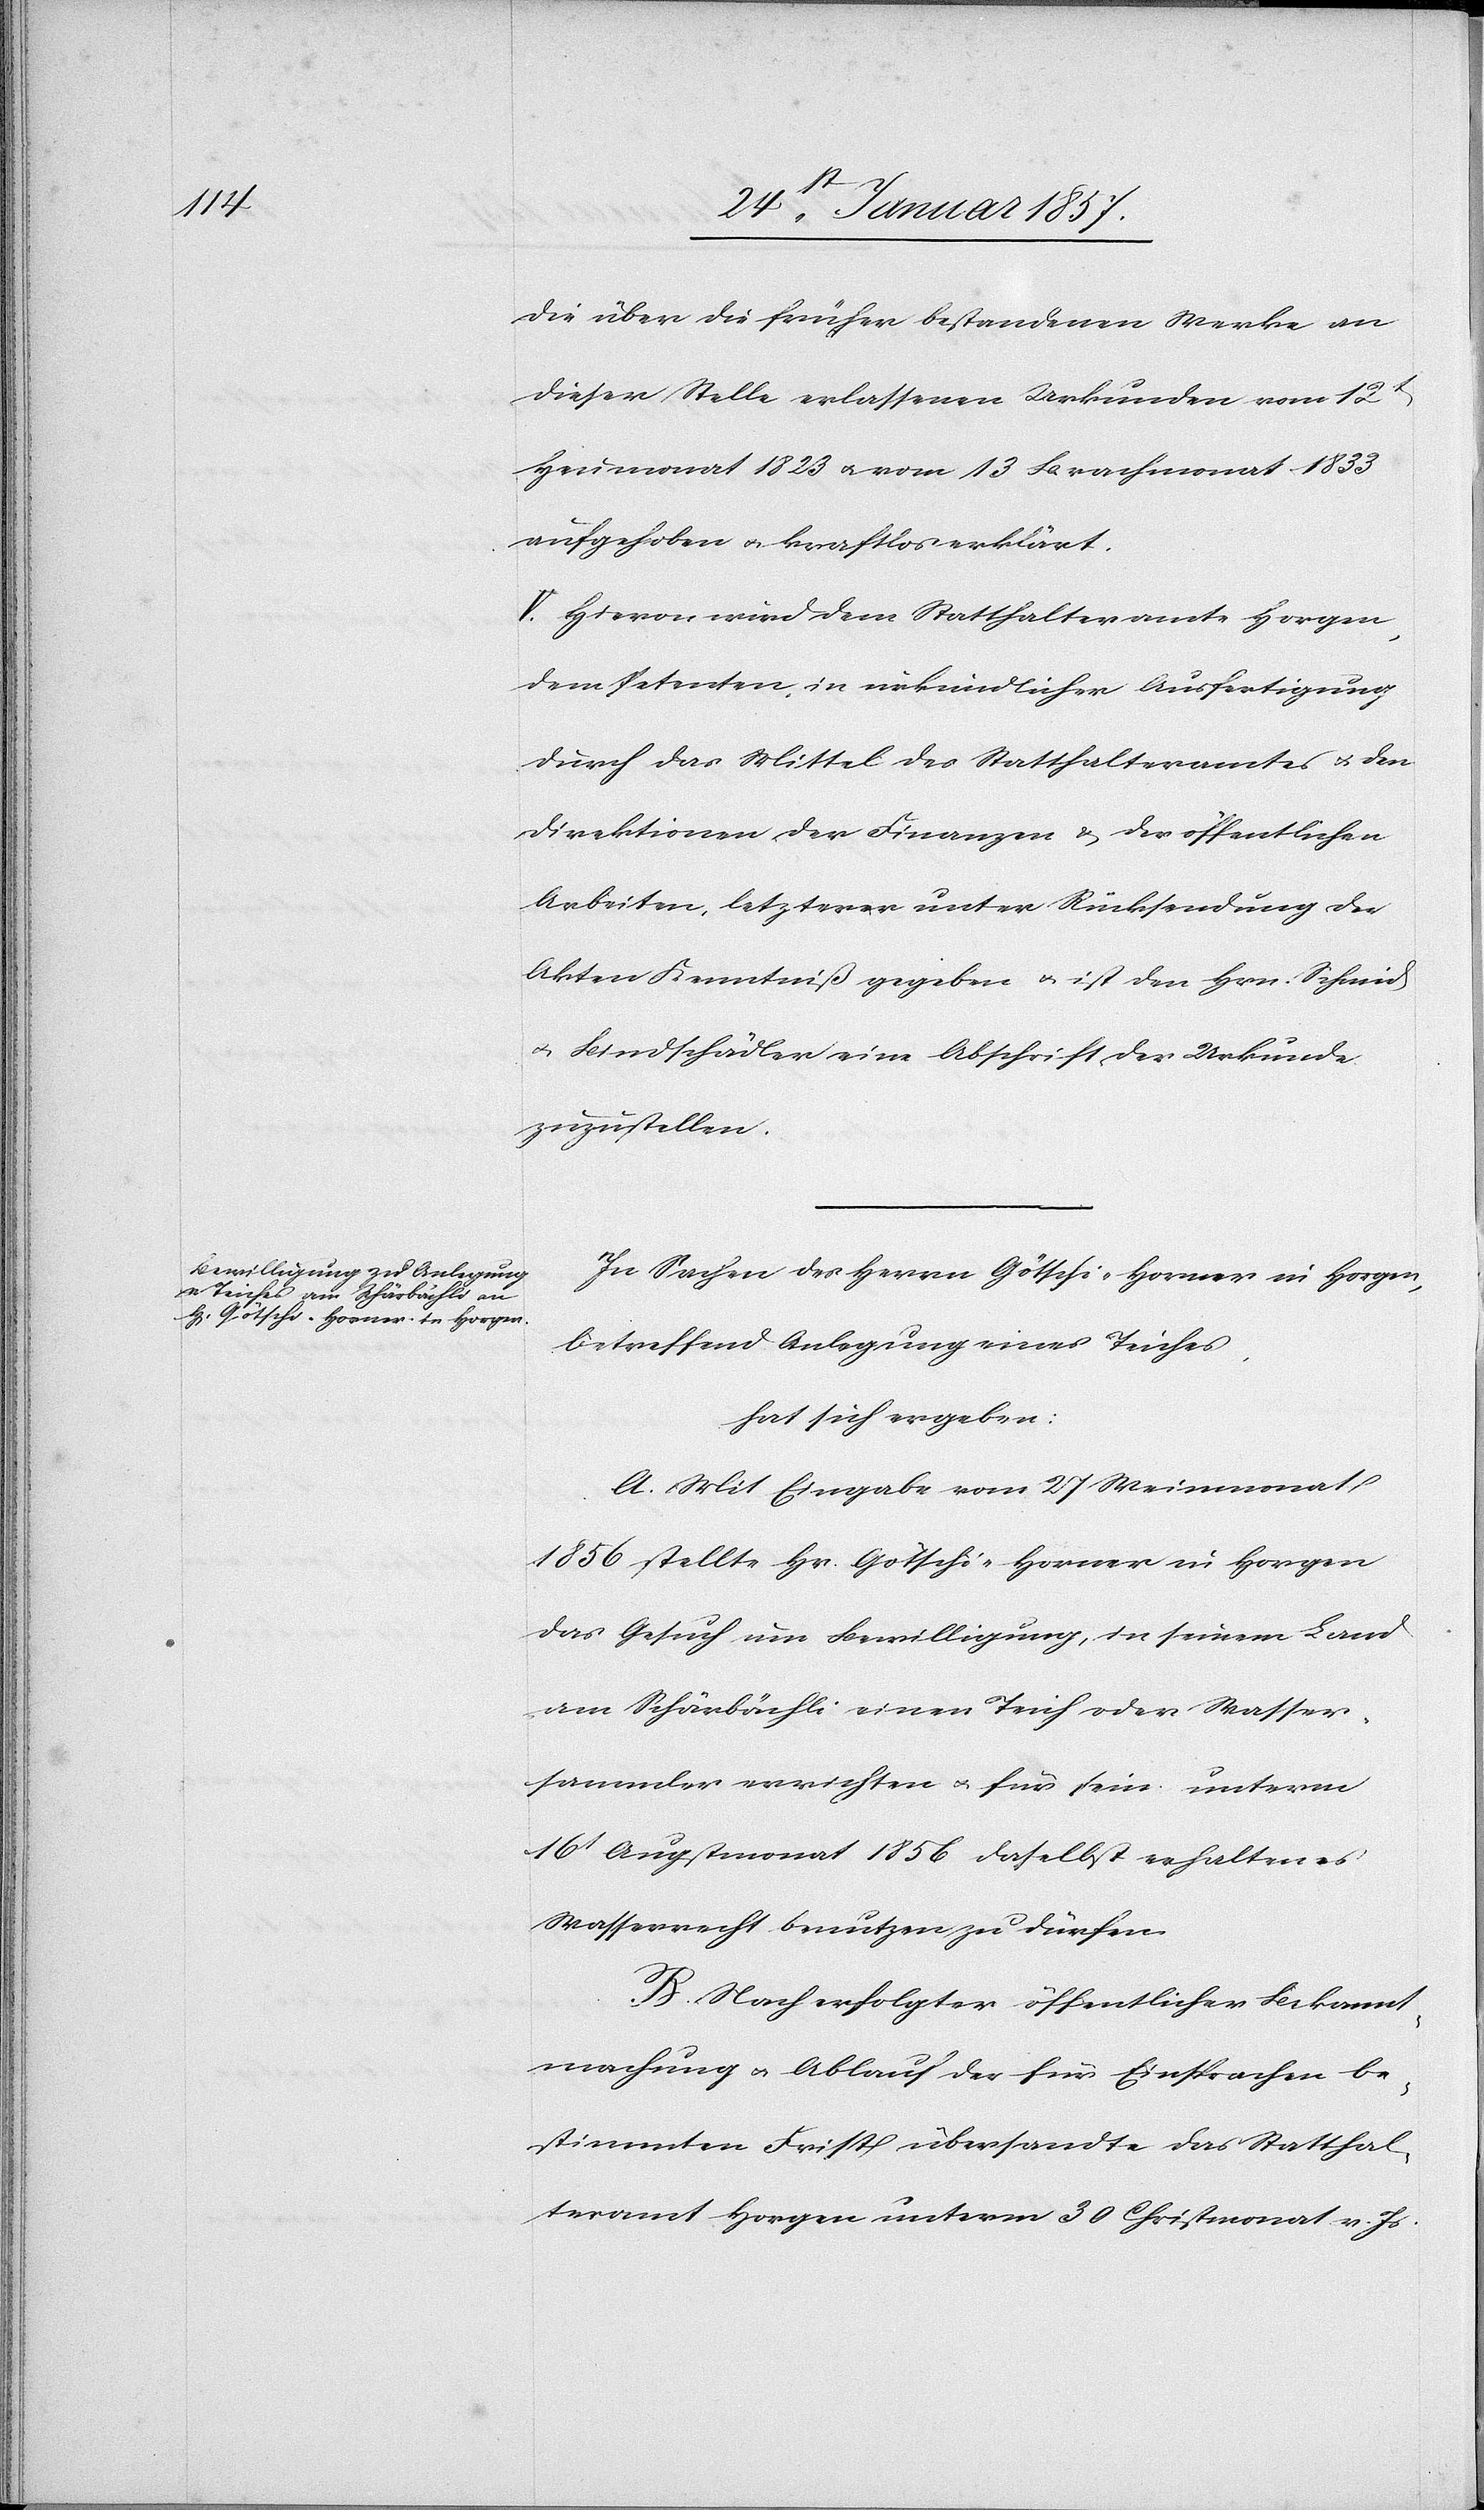
die über die früher bestandenen Werke an
dieser Stelle erlassene Urkunden vom 12t
Heumonat 1823 & vom 13 Brachmonat 1833
aufgehoben & kraftlos erklärt.
V. Hievon wird dem Statthalteramte Horgen,
dem Petenten in urkundlicher Ausfertigung
durch das Mittel des Statthalteramtes & den
Direktionen der Finanzen & der öffentlichen
Arbeiten, letzterer unter Rücksendung der
Akten Kenntniß gegeben & ist den Hrn. Schmid
u. Bindschädler eine Abschrift der Urkunde
zuzustellen.
In Sachen der Herrn Götschi-Horner in Horgen,
betreffend Anlegung eines Teiches,
hat sich ergeben:
A. Mit Eingabe vom 27 Meimonat
1856 stellte Hr. Götschi-Horner in Horgen
das Gesuch um Bewilligung, in seinem Land
am Schärbächli einen Teich oder Wasser¬
sammler errichten u. für sein unterm
16t Augstmonat 1856 daselbst erhaltenes
Wasserrecht benutzen zu dürfen.
B. Nach erfolgter öffentlicher Bekannt¬
machung & Ablauf der für Einsprachen be¬
stimmten First übersandte das Statthal¬
teramt Horgen unterm 30 Christmonat v. Js.